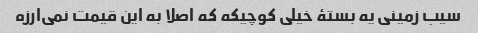
سیب زمینی یه بستۀ خیلی کوچیکه که اصلا به این قیمت نمی‌ارزه